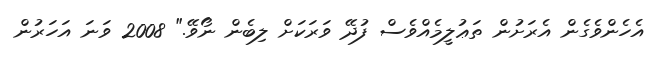
އެހެންވެގެން އެރަށުން ތަޢުލީމެއްވެސް ފުދޭ ވަރަކަށް ލިބެން ނޯވޭ." 2008 ވަނަ އަހަރުން